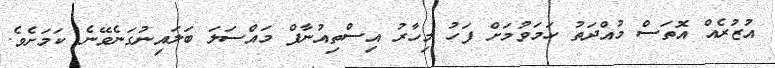
އުޒުރެއް އޮތަސް މުއްދަތު ހަމަވުމަށް ފަހު މިހާރު އިސްތިއުނާފް މައްސަލަ ބަލައިނުގަނެވޭނެ ކަމަށެވެ.